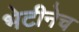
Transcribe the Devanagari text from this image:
भेटीनेच